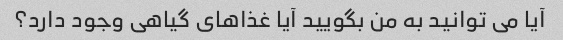
آیا می توانید به من بگویید آیا غذاهای گیاهی وجود دارد؟